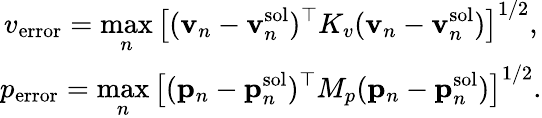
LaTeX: \begin{array}{c}{\displaystyle v_{\mathrm{error}}=\operatorname*{max}_{n}\left[(\mathbf{v}_{n}-\mathbf{v}_{n}^{\mathrm{sol}})^{\top}K_{v}(\mathbf{v}_{n}-\mathbf{v}_{n}^{\mathrm{sol}})\right]^{1/2},}\\ {\displaystyle p_{\mathrm{error}}=\operatorname*{max}_{n}\left[(\mathbf{p}_{n}-\mathbf{p}_{n}^{\mathrm{sol}})^{\top}M_{p}(\mathbf{p}_{n}-\mathbf{p}_{n}^{\mathrm{sol}})\right]^{1/2}.}\end{array}